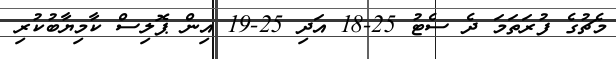
މެޗުގެ ފުރަތަމަ ދެ ސެޓު 25-18 އަދި 25-19 އިން ޕޮލިސް ކާމިޔާބުކުރި